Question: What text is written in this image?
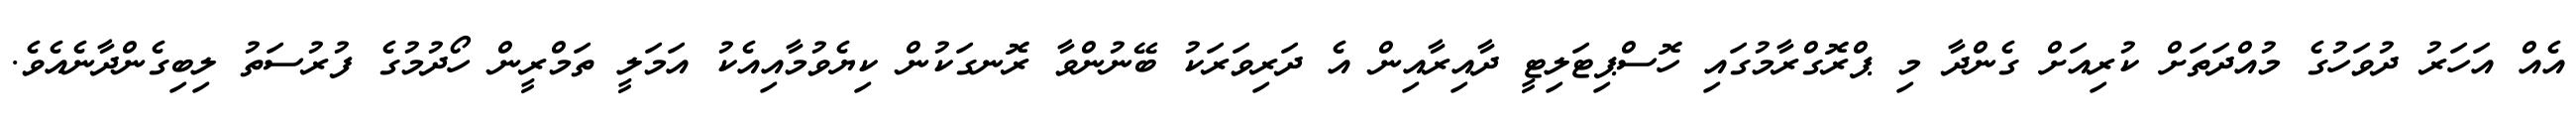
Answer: އެއް އަހަރު ދުވަހުގެ މުއްދަތަށް ކުރިއަށް ގެންދާ މި ޕްރޮގްރާމުގައި ހޮސްޕިޓަލިޓީ ދާއިރާއިން އެ ދަރިވަރަކު ބޭނުންވާ ރޮނގަކުން ކިޔެވުމާއިއެކު އަމަލީ ތަމްރީން ހޯދުމުގެ ފުރުސަތު ލިބިގެންދާނެއެވެ.